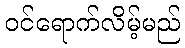
ဝင်ရောက်လိမ့်မည်